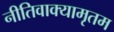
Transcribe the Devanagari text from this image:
नीतिवाक्यामृतम